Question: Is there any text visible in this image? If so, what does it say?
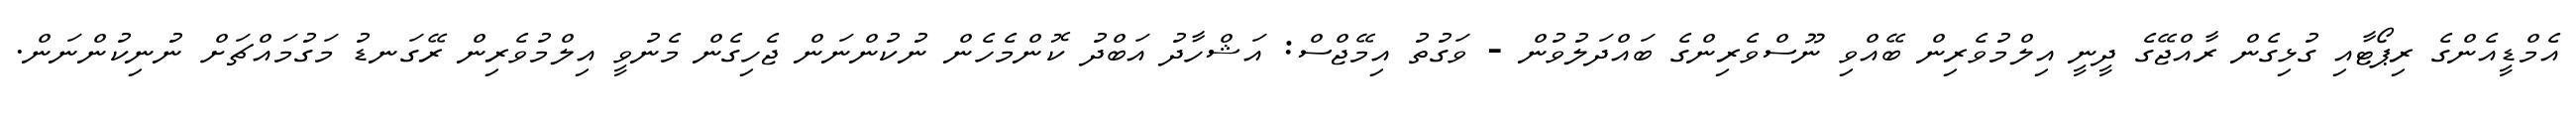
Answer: އެމްޑީއެންގެ ރިޕޯޓާއި ގުޅިގެން ރާއްޖޭގެ ދީނީ އިލްމުވެރިން ބޭއްވި ނޫސްވެރިންގެ ބައްދަލުވުން - ވަގުތު އިމޭޖްސް: އަޝްހާދު އަބްދު ކޮންމެހެން ނުކުންނަން ޖެހިގެން މެނުވީ އިލްމުވެރިން ރޭގަނޑު މަގުމައްޗަށް ނުނިކުންނަން.